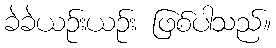
ခဲခဲယဉ်းယဉ်း ဖြစ်ပါသည်။